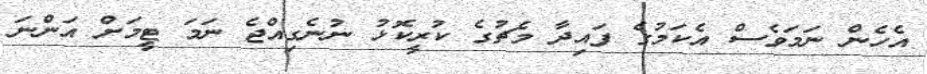
އެހެން ނަމަވެސް އެކަމުގެ ފައިދާ މެޗުގެ ކުރީކޮޅު ނުނެގިއްޖެ ނަމަ ޓީމަށް އަންނަ